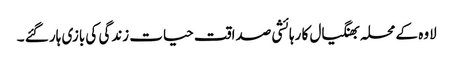
لاوہ کے محلہ بھنگیال کا رہائشی صداقت حیات زندگی کی بازی ہار گئے ۔